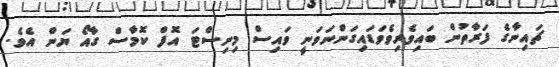
ޗައިނާގެ ފަރާތުން ބައިވެރިވެވަޑައިގަންނަވަނީ ވައިސް މިނިސްޓަ އޮފް ކޮމާސް ގާއޯ ޔަން އެވެ.